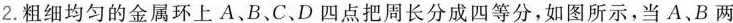
2.粗细均匀的金属环上A、B、C、D四点把周长分成四等分，如图所示，当A.B两